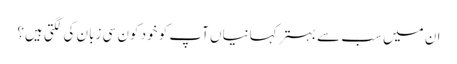
ان میں سب سے بہتر کہانیاں آپ کو خود کون سی زبان کی لگتی ہیں؟